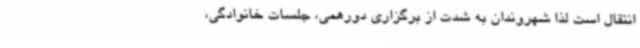
انتقال است لذا شهروندان به شدت از برگزاری دورهمی، جلسات خانوادگی،